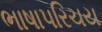
ભાષાપરિચય